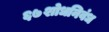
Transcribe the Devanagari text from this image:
६७शोधनिवंध